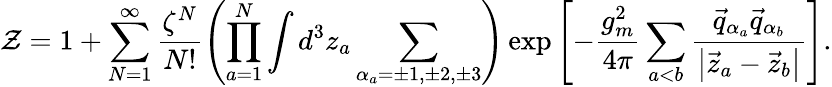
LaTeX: {\cal Z}=1+\sum_{N=1}^{\infty}\frac{\zeta^{N}}{N!}\left(\prod_{a=1}^{N}\int d^{3}z_{a}\sum_{\alpha_{a}=\pm 1,\pm 2,\pm 3}^{}\right)\exp\left[-\frac{g_{m}^{2}}{4\pi}\sum_{a<b}^{}\frac{\vec{q}_{\alpha_{a}}\vec{q}_{\alpha_{b}}}{\left|\vec{z}_{a}-\vec{z}_{b}\right|}\right].